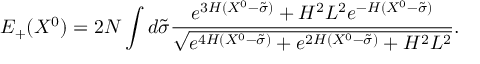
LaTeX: E _ { + } ( X ^ { 0 } ) = 2 N \int d \tilde { \sigma } \frac { e ^ { 3 H ( X ^ { 0 } - \tilde { \sigma } ) } + H ^ { 2 } L ^ { 2 } e ^ { - H ( X ^ { 0 } - \tilde { \sigma } ) } } { \sqrt { e ^ { 4 H ( X ^ { 0 } - \tilde { \sigma } ) } + e ^ { 2 H ( X ^ { 0 } - \tilde { \sigma } ) } + H ^ { 2 } L ^ { 2 } } } .